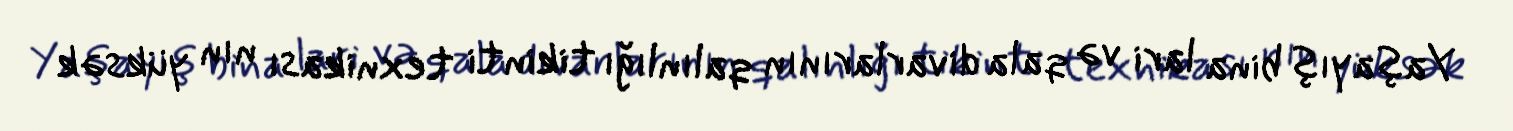
Yaşayış bina lari və qala divarlarının qalınlığı tikinti texnikası nın yüksək